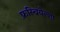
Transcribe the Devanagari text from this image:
फ्रस्चियेल्ला